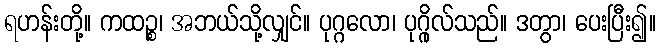
ရဟန်းတို့။ ကထဉ္စ၊ အဘယ်သို့လျှင်။ ပုဂ္ဂလော၊ ပုဂ္ဂိုလ်သည်။ ဒတွာ၊ ပေးပြီး၍။